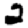
Digit: 2